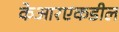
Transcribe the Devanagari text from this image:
केआरएकडील